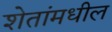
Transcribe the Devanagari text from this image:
शेतांमधील